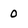
Character: 0